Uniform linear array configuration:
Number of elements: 12
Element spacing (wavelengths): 1
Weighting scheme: cosine
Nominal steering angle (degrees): -30
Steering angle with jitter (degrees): -30.864
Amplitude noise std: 0.05
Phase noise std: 0.05

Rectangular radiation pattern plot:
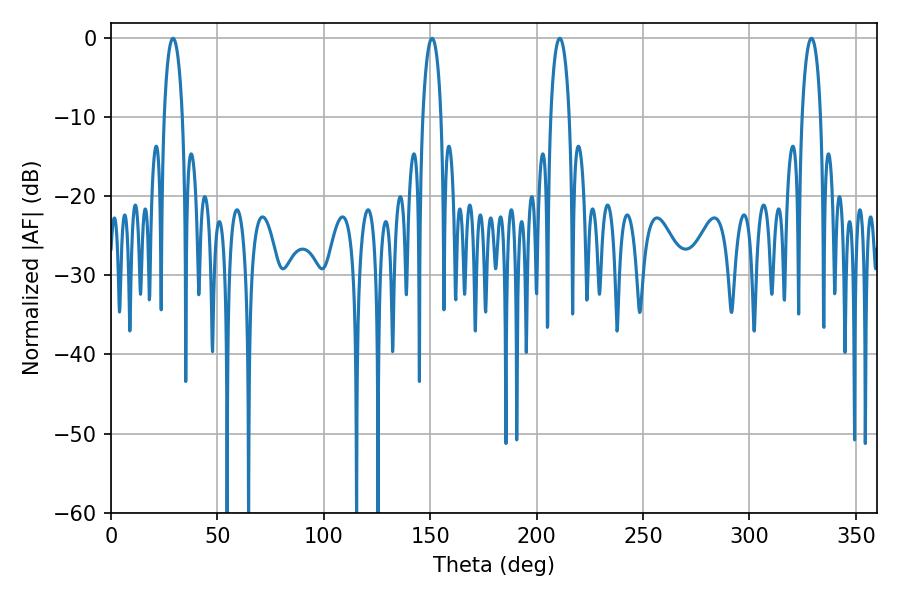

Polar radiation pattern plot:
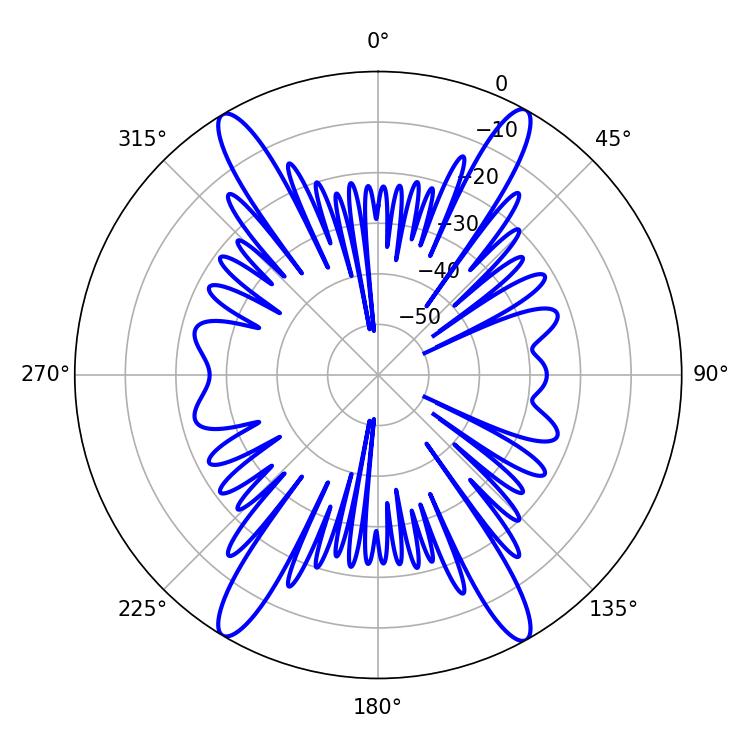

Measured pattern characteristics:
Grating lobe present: TRUE
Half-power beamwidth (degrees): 4.86
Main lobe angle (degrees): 29.16